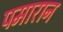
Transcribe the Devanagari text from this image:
पमारान